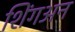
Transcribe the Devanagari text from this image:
शिंगअन